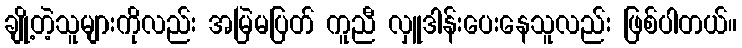
ချို့တဲ့သူများကိုလည်း အမြဲမပြတ် ကူညီ လှူဒါန်းပေးနေသူလည်း ဖြစ်ပါတယ်။